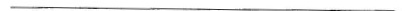
___